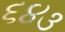
૬૪૩